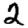
Digit: 2